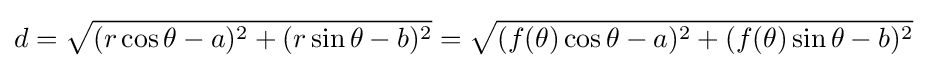
d={\sqrt {(r\cos \theta -a)^{2}+(r\sin \theta -b)^{2}}}={\sqrt {(f(\theta )\cos \theta -a)^{2}+(f(\theta )\sin \theta -b)^{2}}}